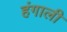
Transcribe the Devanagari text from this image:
हंगाली